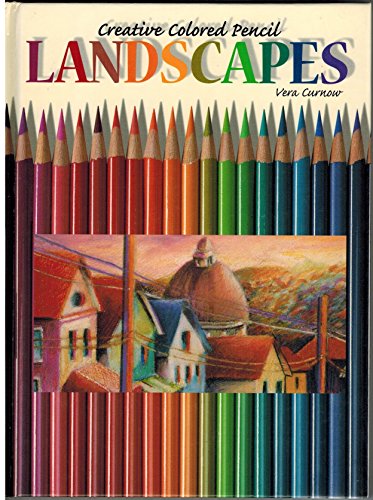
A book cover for Landscapes: Creative Colored Pencil (Creative Coloured Pencil); Vera Curnow; Arts & Photography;